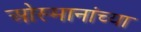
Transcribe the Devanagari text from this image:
ओस्मानांच्या